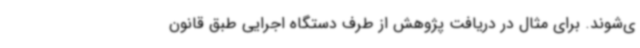
ی‌شوند. برای مثال در دریافت پژوهش از طرف دستگاه اجرایی طبق قانون